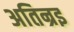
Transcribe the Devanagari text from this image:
अतिन्रइ